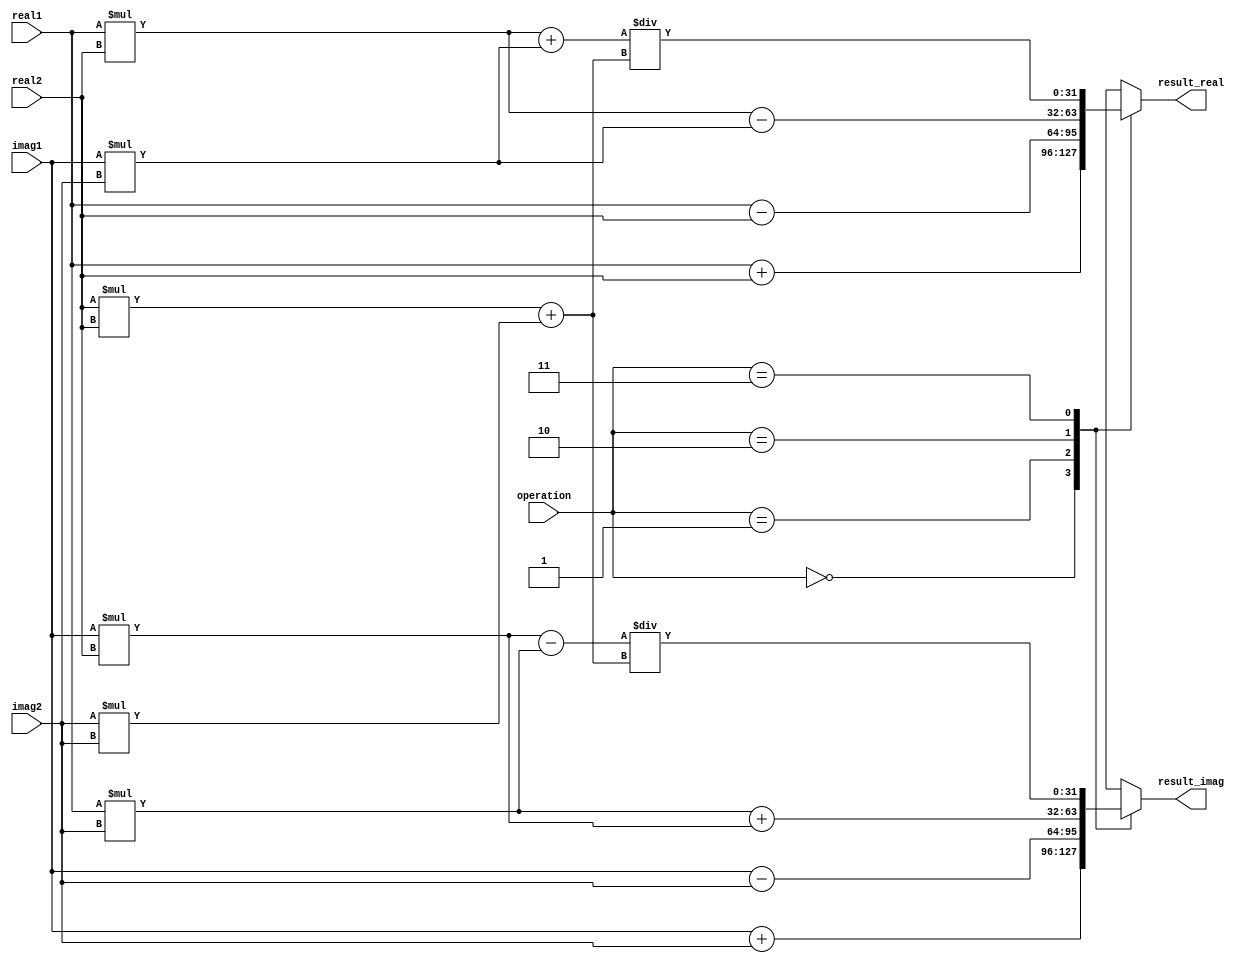
module Complex_ALU (
  input [31:0] real1,
  input [31:0] imag1,
  input [31:0] real2,
  input [31:0] imag2,
  input [1:0] operation,
  output reg [31:0] result_real,
  output reg [31:0] result_imag
);

always @(*) begin
  case(operation)
    2'b00: begin // Addition
      result_real = real1 + real2;
      result_imag = imag1 + imag2;
    end
    
    2'b01: begin // Subtraction
      result_real = real1 - real2;
      result_imag = imag1 - imag2;
    end
    
    2'b10: begin // Multiplication
      result_real = (real1 * real2) - (imag1 * imag2);
      result_imag = (real1 * imag2) + (imag1 * real2);
    end
    
    2'b11: begin // Division
      result_real = ((real1 * real2) + (imag1 * imag2)) / ((real2 * real2) + (imag2 * imag2));
      result_imag = ((imag1 * real2) - (real1 * imag2)) / ((real2 * real2) + (imag2 * imag2));
    end
  endcase
end

endmodule